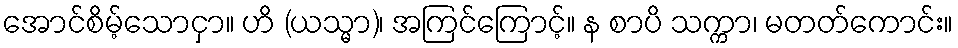
အောင်စိမ့်သောငှာ။ ဟိ (ယသ္မာ)၊ အကြင်ကြောင့်။ န စာပိ သက္ကာ၊ မတတ်ကောင်း။